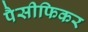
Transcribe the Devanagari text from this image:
पैसीफिकर